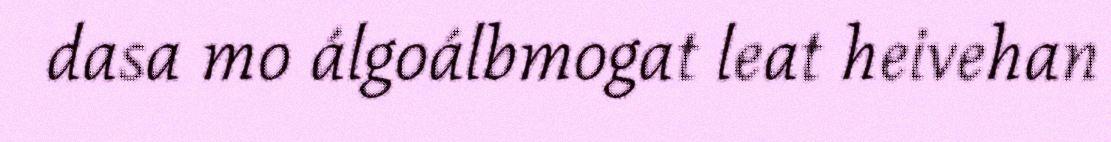
dasa mo álgoálbmogat leat heivehan